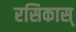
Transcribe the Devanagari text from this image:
रसिकास्